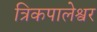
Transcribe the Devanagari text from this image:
त्रिकपालेश्वर